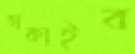
তাকাইব